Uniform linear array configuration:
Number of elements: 8
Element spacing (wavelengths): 1
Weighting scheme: hamming
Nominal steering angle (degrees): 15
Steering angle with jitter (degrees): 16.042
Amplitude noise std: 0.05
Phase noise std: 0.05

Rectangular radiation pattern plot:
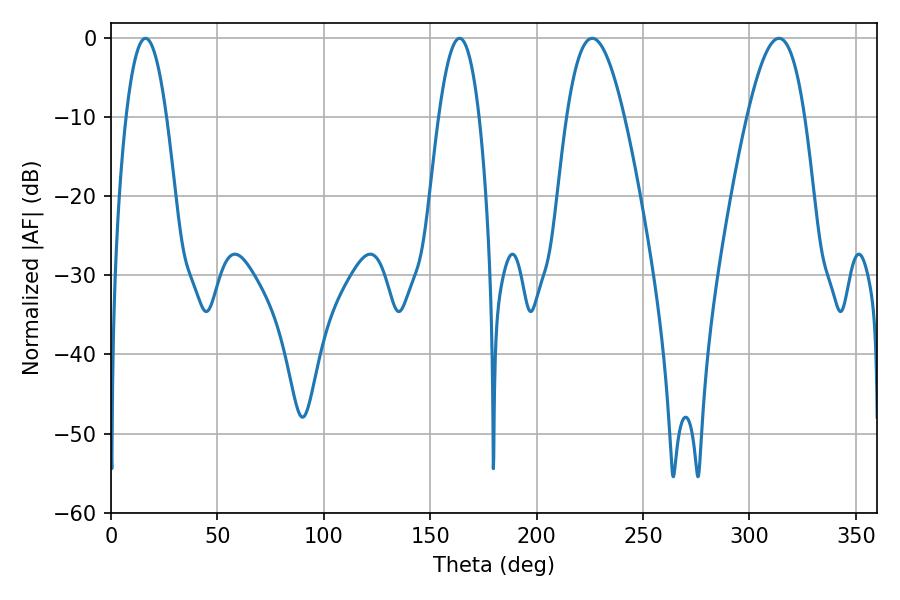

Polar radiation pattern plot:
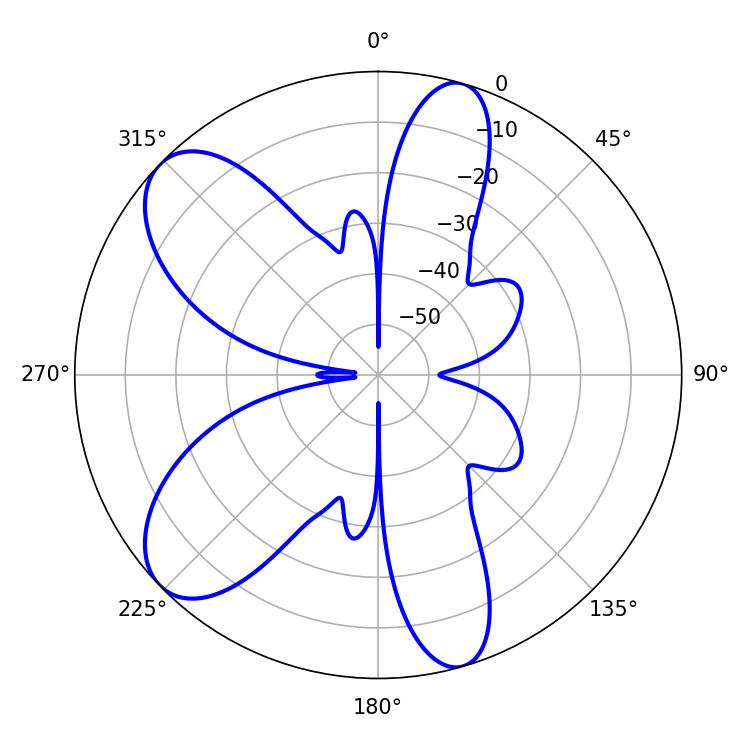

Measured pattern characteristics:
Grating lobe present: TRUE
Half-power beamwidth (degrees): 10.44
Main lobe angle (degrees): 16.2